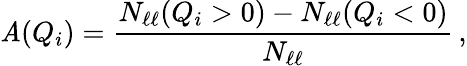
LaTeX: \mathit{A}(Q_{i})=\frac{{N_{\ell\ell}(Q_{i}>0)-N_{\ell\ell}(Q_{i}<0)}}{{N_{\ell\ell}}}\, ,